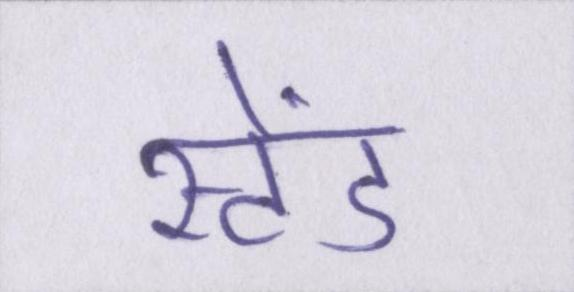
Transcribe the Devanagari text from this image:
स्टेंड